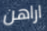
اراهن